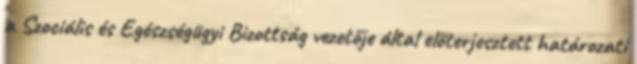
a Szociális és Egészségügyi Bizottság vezetője által előterjesztett határozati